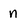
Character: n